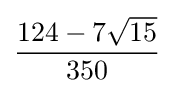
{\frac {124-7{\sqrt {15}}}{350}}